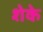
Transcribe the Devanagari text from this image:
शेके